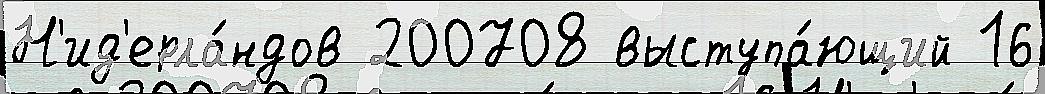
Н'ид'ерла́ндов 200708 выступа́ющий 16